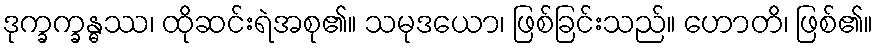
ဒုက္ခက္ခန္ဓဿ၊ ထိုဆင်းရဲအစု၏။ သမုဒယော၊ ဖြစ်ခြင်းသည်။ ဟောတိ၊ ဖြစ်၏။